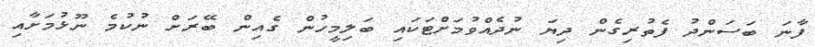
ފާނަ ބަސަންދު ފެތުރިގެން ދިޔަ ނުދެއްވުމަށްޓަކައި ބަލިމީހުން ގެއިން ބޭރަށް ނުކުމެ ނޫޅުމަށާއި